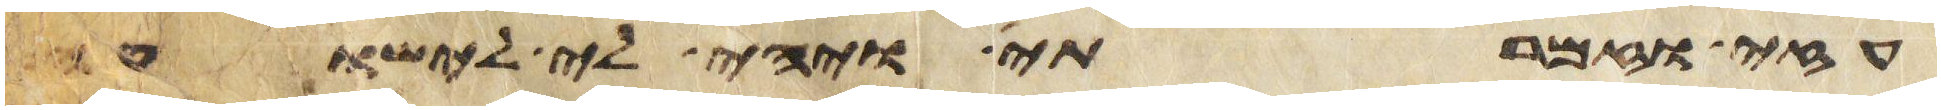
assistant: עזי וזמרתי ויהי לי לישועה